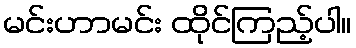
မင်းဟာမင်း ထိုင်ကြည့်ပါ။